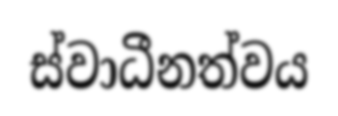
ස්වාධීනත්වය